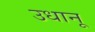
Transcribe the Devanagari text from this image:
उधानू